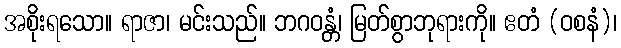
အစိုးရသော။ ရာဇာ၊ မင်းသည်။ ဘဂဝန္တံ၊ မြတ်စွာဘုရားကို။ ဧတံ (ဝစနံ)၊